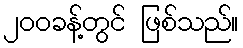
၂၀၀ခန့်တွင် ဖြစ်သည်။